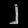
Digit: ၂